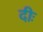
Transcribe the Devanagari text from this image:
दीः